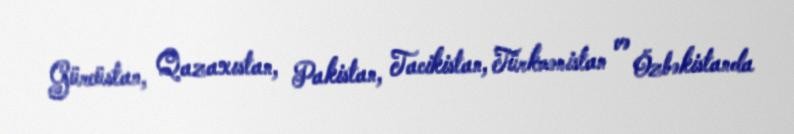
Gürcüstan, Qazaxıstan, Pakistan, Tacikistan, Türkmənistan və Özbəkistanda